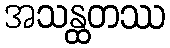
အသန္ထတဿ